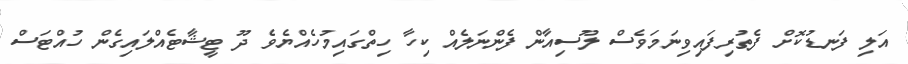
އަލި ފަނޑުކޮށް ފެތުރިފައިވިނަމަވެސް ލޫސިއާން ފެންނަލެއް ކިހާ ހިތްގައިމުހެއްޔެވެ ދޫ ޓީޝާޓެއްލައިގެން ހުއްޓަސް